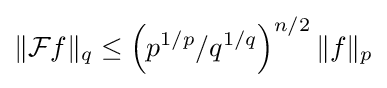
\|{\mathcal {F}}f\|_{q}\leq \left(p^{1/p}/q^{1/q}\right)^{n/2}\|f\|_{p}